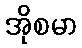
အိုစမာ